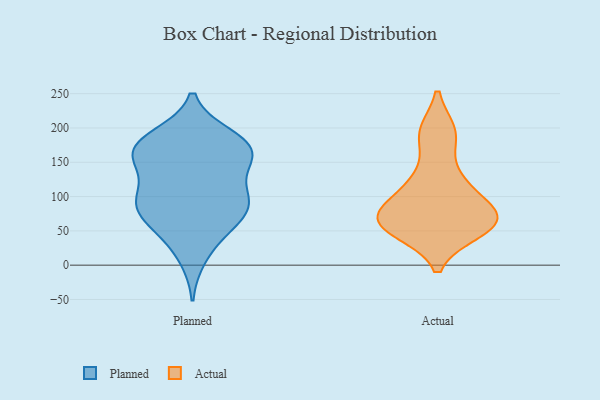
{"axis": {"x": "Headcount", "y": "Value"}, "legend": ["Actual", "Planned"], "data": [{"x": "", "y": 98, "type": "Planned"}, {"x": "", "y": 171, "type": "Planned"}, {"x": "", "y": 144, "type": "Planned"}, {"x": "", "y": 100, "type": "Planned"}, {"x": "", "y": 186, "type": "Planned"}, {"x": "", "y": 11, "type": "Planned"}, {"x": "", "y": 176, "type": "Planned"}, {"x": "", "y": 92, "type": "Planned"}, {"x": "", "y": 167, "type": "Planned"}, {"x": "", "y": 163, "type": "Planned"}, {"x": "", "y": 188, "type": "Planned"}, {"x": "", "y": 81, "type": "Planned"}, {"x": "", "y": 104, "type": "Planned"}, {"x": "", "y": 70, "type": "Planned"}, {"x": "", "y": 44, "type": "Planned"}, {"x": "", "y": 149, "type": "Planned"}, {"x": "", "y": 56, "type": "Planned"}, {"x": "", "y": 85, "type": "Planned"}, {"x": "", "y": 160, "type": "Planned"}, {"x": "", "y": 193, "type": "Actual"}, {"x": "", "y": 119, "type": "Actual"}, {"x": "", "y": 50, "type": "Actual"}, {"x": "", "y": 72, "type": "Actual"}, {"x": "", "y": 78, "type": "Actual"}, {"x": "", "y": 191, "type": "Actual"}, {"x": "", "y": 61, "type": "Actual"}, {"x": "", "y": 81, "type": "Actual"}, {"x": "", "y": 60, "type": "Actual"}, {"x": "", "y": 57, "type": "Actual"}, {"x": "", "y": 123, "type": "Actual"}]}